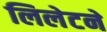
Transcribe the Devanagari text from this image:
लिलेटने